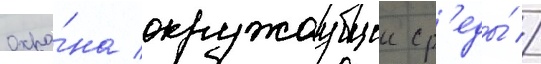
Охра́на окружаущеи ср'еды́ //